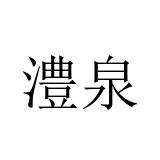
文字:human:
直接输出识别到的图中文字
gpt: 澧泉